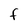
Character: f